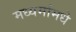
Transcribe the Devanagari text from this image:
मध्यमांमधे